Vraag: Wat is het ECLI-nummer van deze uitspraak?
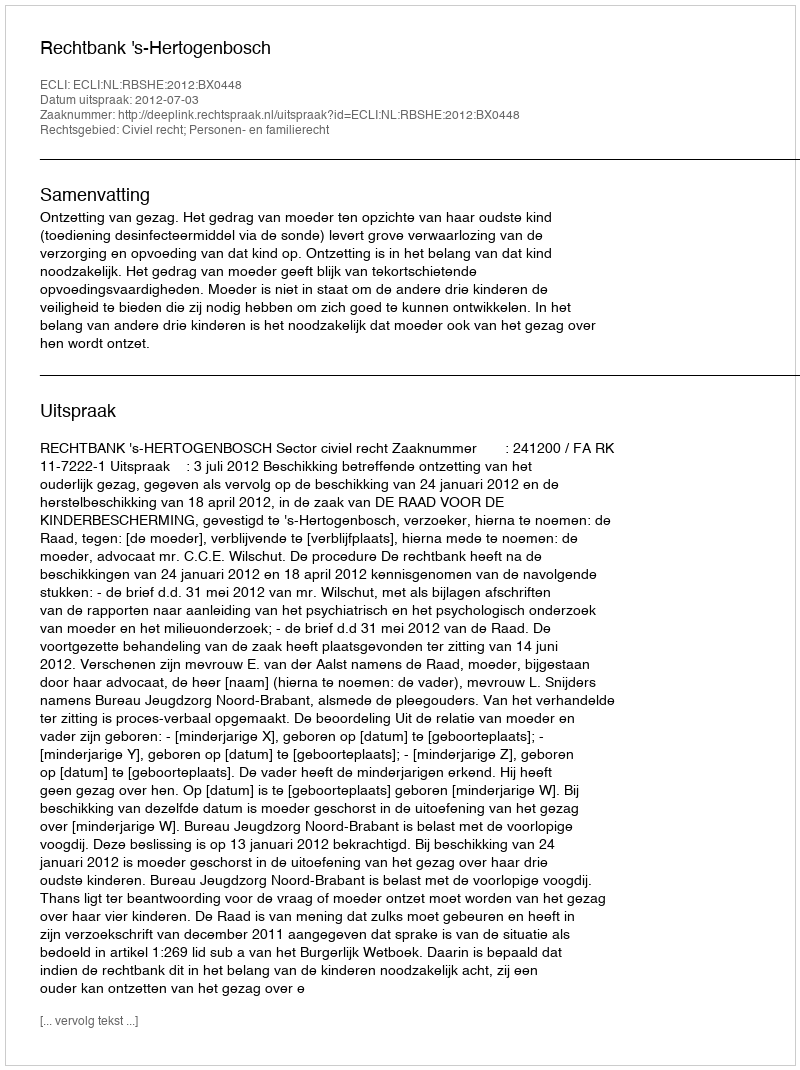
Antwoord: ECLI:NL:RBSHE:2012:BX0448